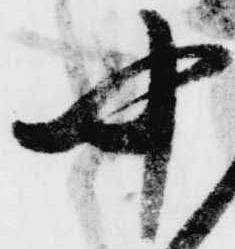
中